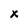
Character: x